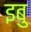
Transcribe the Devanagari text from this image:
इबु